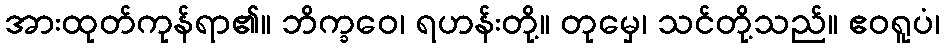
အားထုတ်ကုန်ရာ၏။ ဘိက္ခဝေ၊ ရဟန်းတို့။ တုမှေ၊ သင်တို့သည်။ ဧဝရူပံ၊